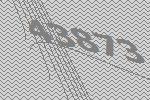
43873